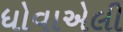
ધોવાએલી